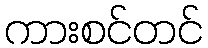
ကားစင်တင်